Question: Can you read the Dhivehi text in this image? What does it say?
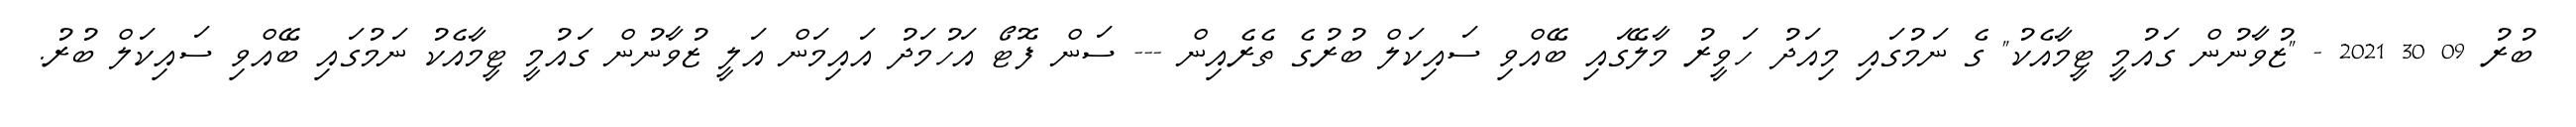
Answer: ބުރު 09 30 2021 - "ޒުވާނުން ގައުމީ ޓީމާއެކު" ގެ ނަމުގައި މިއަދު ހަވީރު މާލޭގައި ބޭއްވި ސައިކަލް ބުރުގެ ތެރެއިން --- ސަން ފޮޓޯ އަހުމަދު އައިމަން އަލީ ޒުވާނުން ގައުމީ ޓީމާއެކު ނަމުގައި ބޭއްވި ސައިކަލް ބުރު.